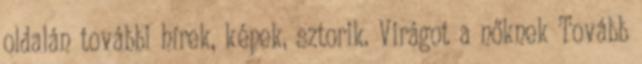
oldalán további hírek, képek, sztorik. Virágot a nőknek Tovább